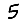
Digit: 5